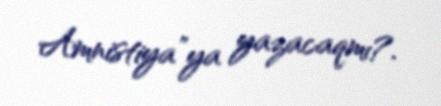
Amnistiya”ya yazacaqmı?.